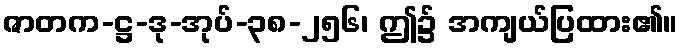
ဇာတက-ဋ္ဌ-ဒု-အုပ်-၃၈-၂၅၆၊ ဤ၌ အကျယ်ပြထား၏။